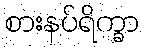
စားနပ်ရိက္ခာ